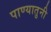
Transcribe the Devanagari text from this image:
पाण्यातुनी